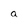
Character: a